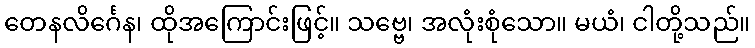
တေနလိင်္ဂေန၊ ထိုအကြောင်းဖြင့်။ သဗ္ဗေ၊ အလုံးစုံသော။ မယံ၊ ငါတို့သည်။